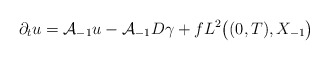
\begin{align*} \partial_{t} u = \mathcal{A}_{-1} u - \mathcal{A}_{-1} D \gamma + f L^{2}\big((0, T), X_{-1}\big) \end{align*}